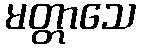
မတ္တာသေ